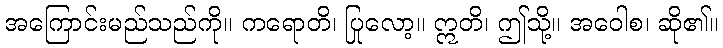
အကြောင်းမည်သည်ကို။ ကရောတိ၊ ပြုလော့။ ဣတိ၊ ဤသို့။ အဝေါစ၊ ဆို၏။